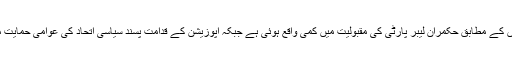
تازہ عوامی جائزوں کے مطابق حکمران لیبر پارٹی کی مقبولیت میں کمی واقع ہوئی ہے جبکہ اپوزیشن کے قدامت پسند سیاسی اتحاد کی عوامی حمایت میں اضافہ ہوا ہے۔